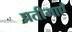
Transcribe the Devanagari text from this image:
प्रतीमाएँ